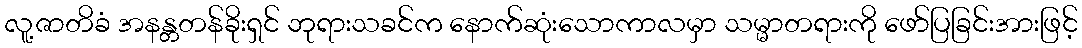
လူ့ဇာတိခံ အနန္တတန်ခိုးရှင် ဘုရားသခင်က နောက်ဆုံးသောကာလမှာ သမ္မာတရားကို ဖော်ပြခြင်းအားဖြင့်